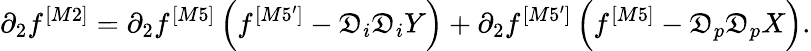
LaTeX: \partial_{2}f^{[M2]}=\partial_{2}f^{[M5]}\left(f^{[M5^{\prime}]}-\mathfrak{D}_{i}\mathfrak{D}_{i}Y\right)+\partial_{2}f^{[M5^{\prime}]}\left(f^{[M5]}-\mathfrak{D}_{p}\mathfrak{D}_{p}X\right).